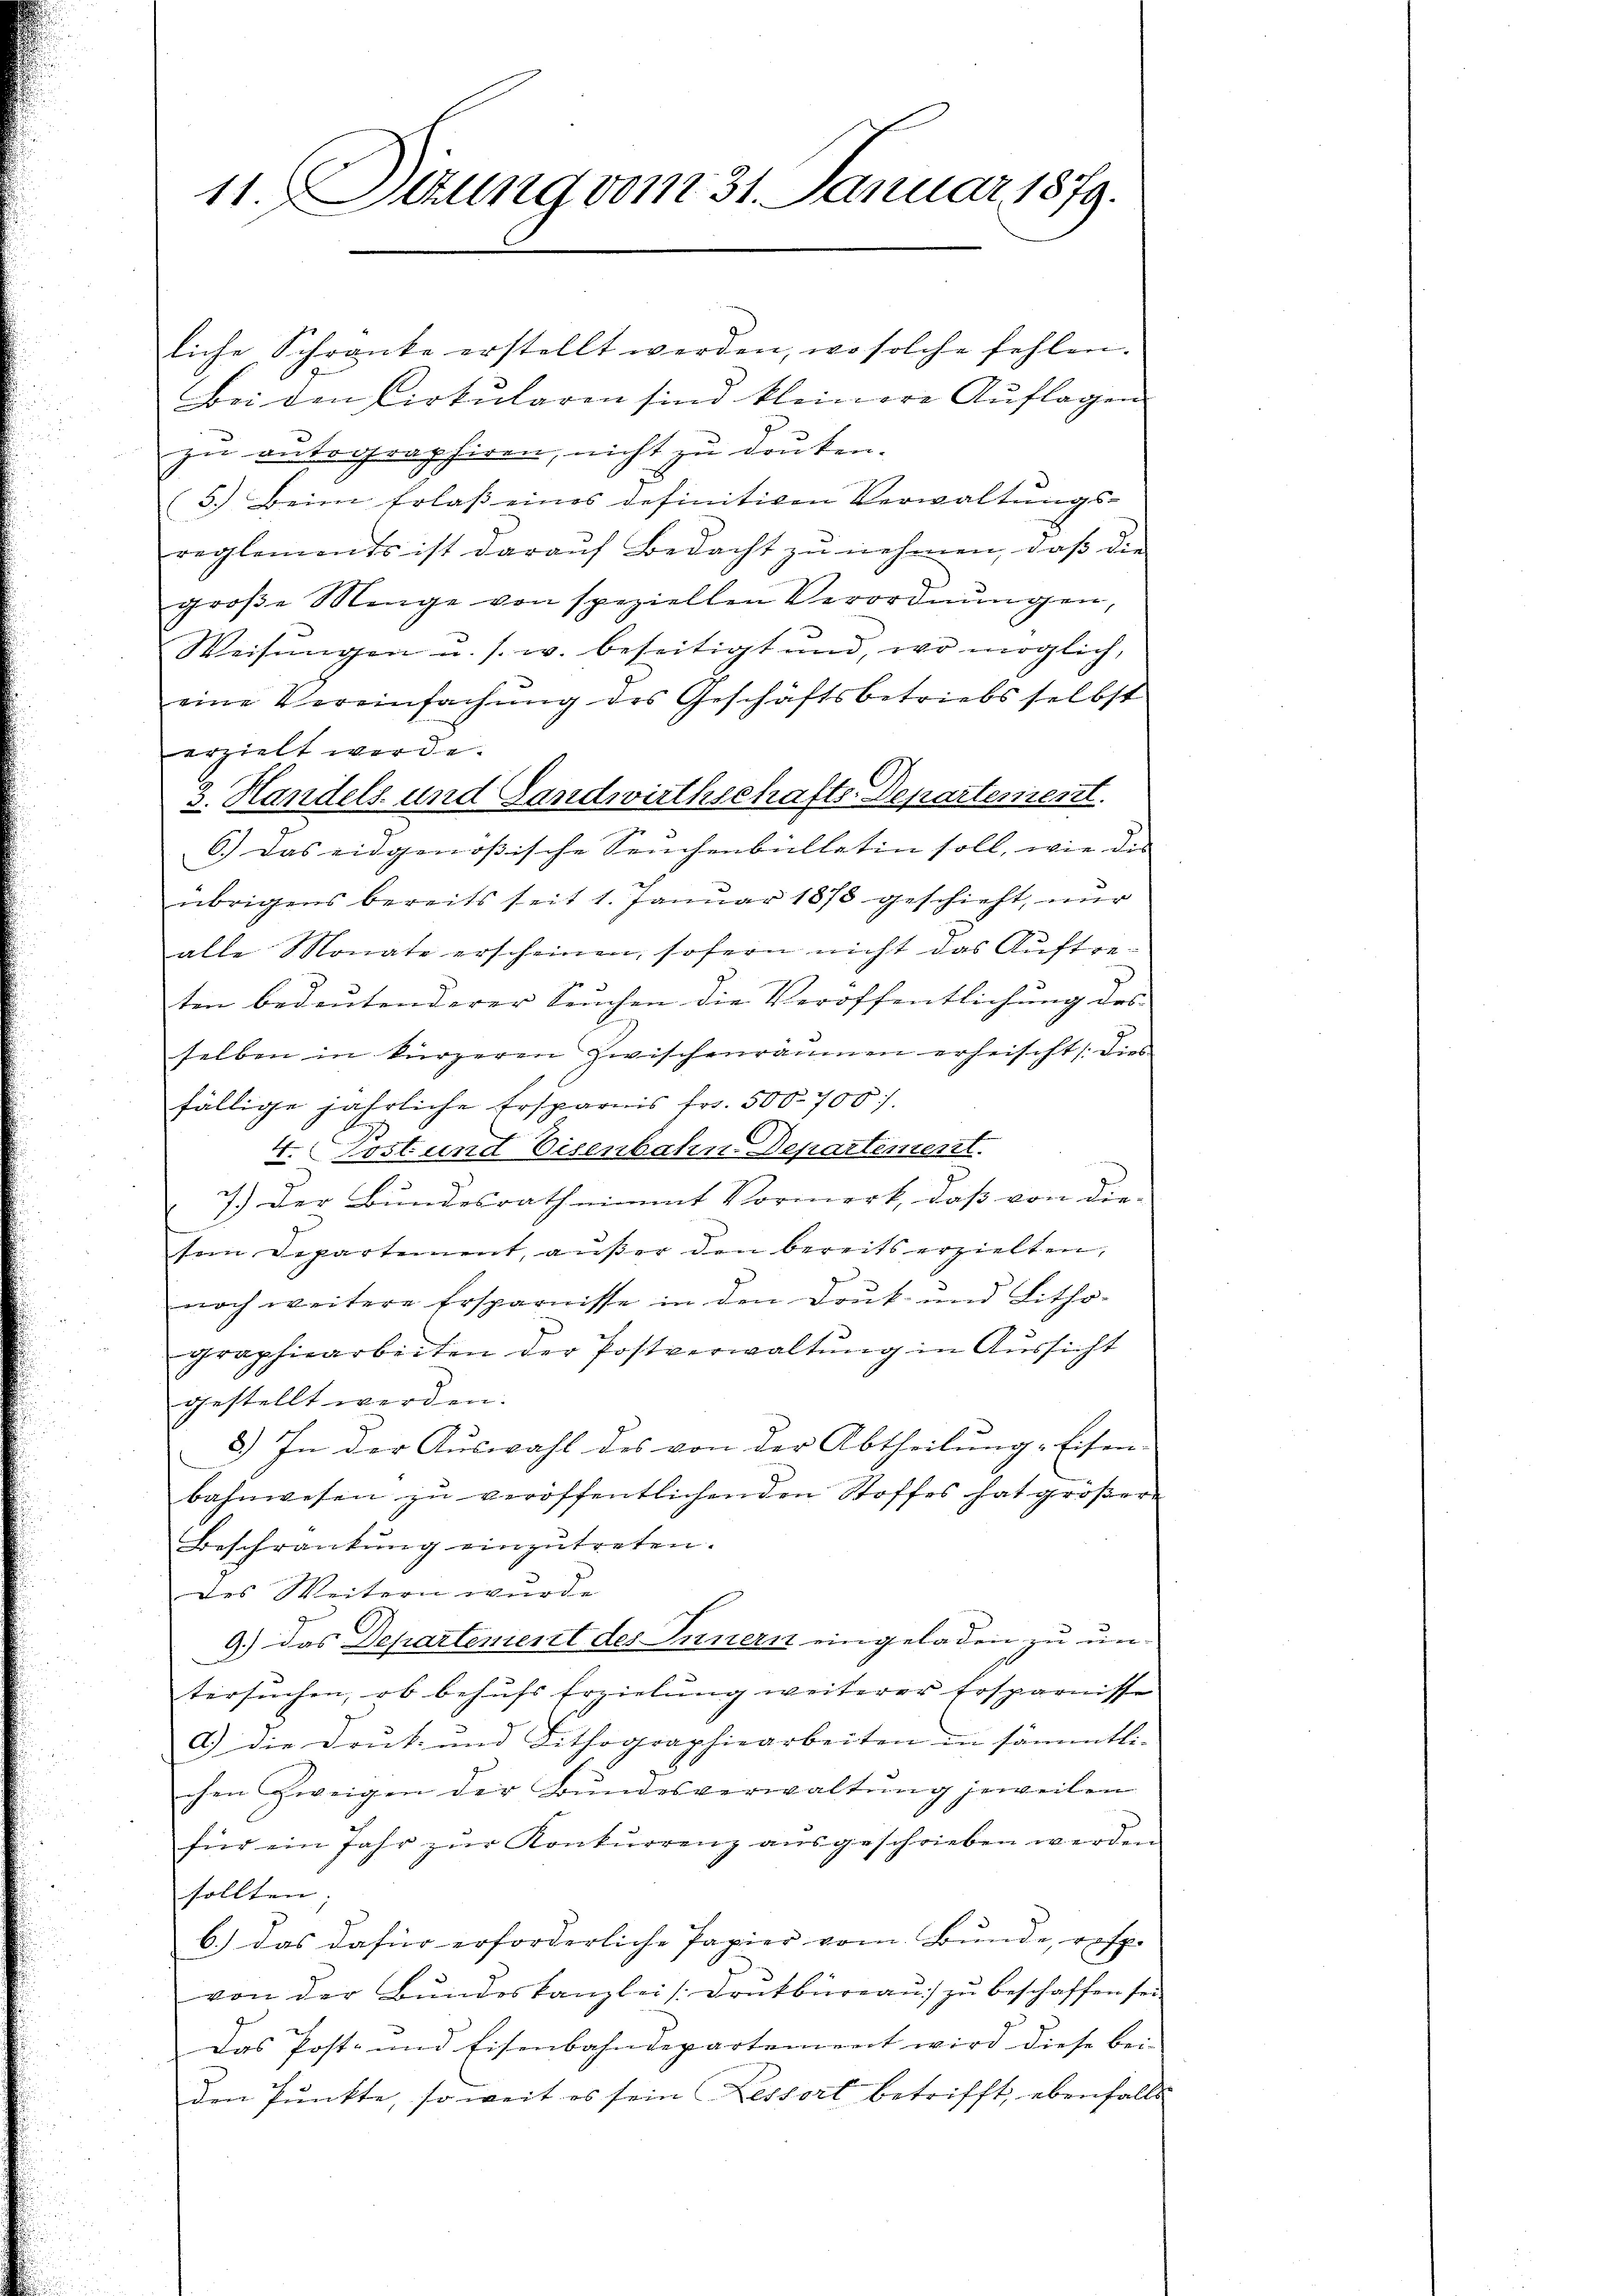
11. Dezung vom 31. Januar 1879.

liche Schranke erstellt werden, wo solche fehlen.
Bei den Cirkularen sind kleinere Auflagen
zu antegraphiren, nicht zu drucken.
5.) Beim Erlaß eines definitiven Verwaltungs-
reglements ist darauf Bedacht zŭ nehmen, daβ die
große Menge von speziellen Verordnŭngen,
Weisŭngen u. s. w. beseitigt und, wo möglich,
eine Vereinfachung des Geschäftsbetriebs selbst
erzielt werde.
3. Handels- und Landwirthschafts-Departement
6.) Das eidgenößische Seuchenbülletin soll, wie die
übrigens bereits seit 1. Janŭar 1873 geschieht, nŭr
alle Monate erscheinen, sofern nicht das Auftre
ten bedeutenderer Seuchen die Veröffentlichung des
selben in kürzeren zwischenräumen erheischt /: dies
fällige jährliche Ersparnis fr. 500. 700.
4. Post und Eisenbahn-Departement.
7.) Der Bundesrath nimmt Vormerk, daß von die-
sen Departement, außer den bereits erzielten,
noch weitere Ersparnisse in den Douk und Litho-
graphiearbeiten der Postverwaltŭng in Aŭssicht
gestellt werden.
3.) In der Auswahl des von der Abtheilung Eisen-
bahnwesen zu veröffentlichenden Stoffes hat größere
Beschränkung einzŭtreten.
des Weitern wurde
9.) Das Departement des Innern eingeladen zu untersuchen, ob behufs Erzielung weiterer Ersparnisse
a.) Die Druk- und Lithographiearbeiten in sämmtlichen Zweigen der Bundesverwaltung jeweilen
für ein Jahr zŭr Konkurrenz ausgeschrieben werden
sollten |
b.) das dafür erforderliche Papier vom Bunde, resp.
von der Bundeskanzlei [Drutbureau zu beschaffen sei
Das Post- und Eisenbahndepartement wird diese bei-
den Punkte, so weit es sein Lessort betrifft, ebenfalls